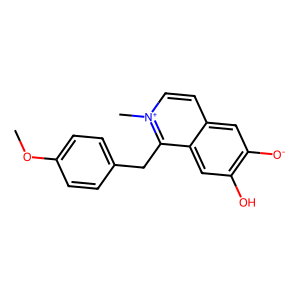
SMILES: COc1ccc(Cc2c3cc(O)c([O-])cc3cc[n+]2C)cc1
Inhibits HIV replication: No